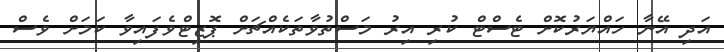
އަދި އޭނާ ހައްޔަރުކޮށް ޓެސްޓް ކުރި އިރު މަސްތުވާތަކެއްޗަށް ޕޮޒިޓްވެފައިވާ ކަމަށް ވެސް